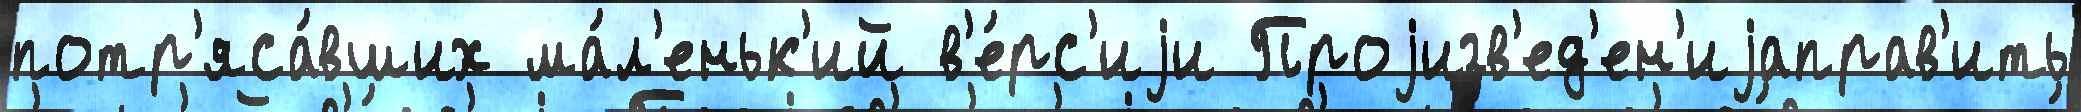
потр'яса́вших ма́л'еньк'ий в'е́рс'иjи Проjизв'ед'ен'иjаправ'ить